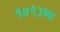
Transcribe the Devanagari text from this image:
१७९३च्या